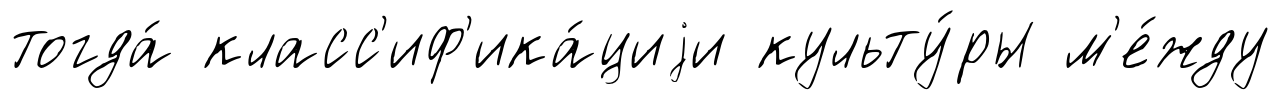
тогда́ класс'иф'ика́циjи культу́ры м'е́жду